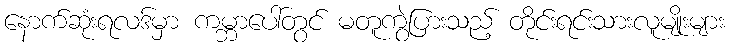
နောက်ဆုံးရလဒ်မှာ ကမ္ဘာပေါ်တွင် မတူကွဲပြားသည့် တိုင်းရင်းသားလူမျိုးများ